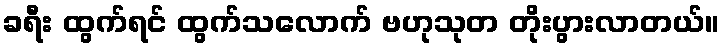
ခရီး ထွက်ရင် ထွက်သလောက် ဗဟုသုတ တိုးပွားလာတယ်။